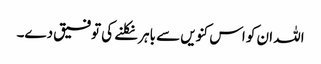
اللہ ان کو اس کنویں سے باہر نکلنے کی توفیق دے۔